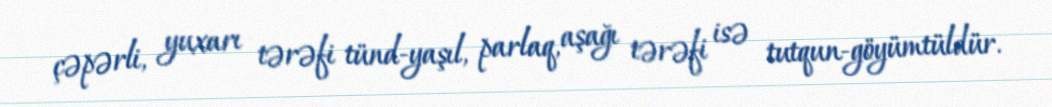
çəpərli, yuxarı tərəfi tünd-yaşıl, parlaq, aşağı tərəfi isə tutqun-göyümtüldür.